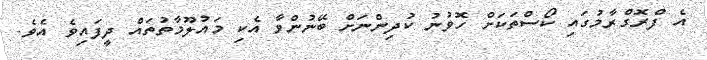
އެ ފްރޮގްރާމުގައި ކޯސްތަކަށް ހޮވުނު ކުދިންނަށް ބޭނުންވާ އެކި މައުލޫމާތުތައް ދީފައިވެ އެވެ.